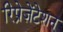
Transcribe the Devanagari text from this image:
रिप्रेज़ेंटेशन